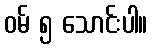
ဝမ် ၅ သောင်းပါ။